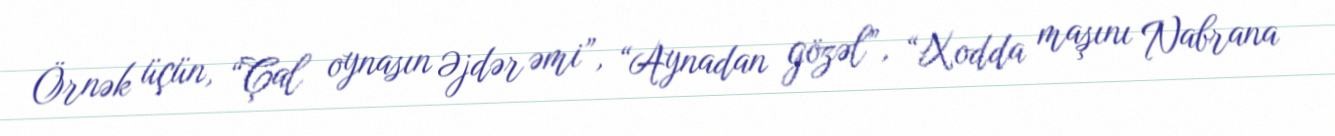
Örnək üçün, “Çal oynasın Əjdər əmi”, “Aynadan gözəl”, “Xodda maşını Nabrana